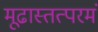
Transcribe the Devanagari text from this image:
मूढास्तत्परमं